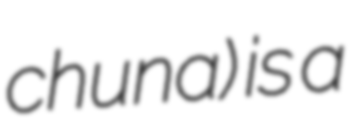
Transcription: chuna) is a